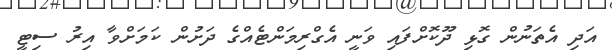
އަދި އެތަނުން ގޮޅި ދޫކޮށްފައި ވަނީ އެގްރިމަންޓެއްގެ ދަށުން ކަމަށްވާ އިރު ސިޓީ